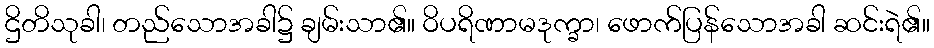
ဌိတိသုခါ၊ တည်သောအခါ၌ ချမ်းသာ၏။ ဝိပရိဏာမဒုက္ခာ၊ ဖောက်ပြန်သောအခါ ဆင်းရဲ၏။